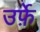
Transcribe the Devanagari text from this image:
उर्फ़े